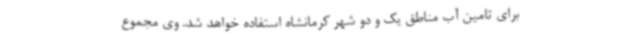
برای تامین آب مناطق یک و دو شهر کرمانشاه استفاده خواهد شد. وی مجموع